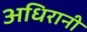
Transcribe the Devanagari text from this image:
अधिरानी